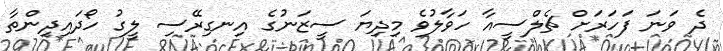
ދެ ވަނަ ފަހަރަށް ޗެލްސީއާ ހަވާލުވެ މިދިޔަ ސީޒަނުގެ އިނގިރޭސި ލީގު ހޯދައިދިންތާ